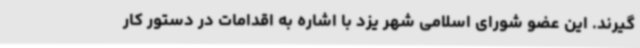
گیرند. این عضو شورای اسلامی شهر یزد با اشاره به اقدامات در دستور کار